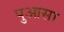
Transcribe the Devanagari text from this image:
पुआसा